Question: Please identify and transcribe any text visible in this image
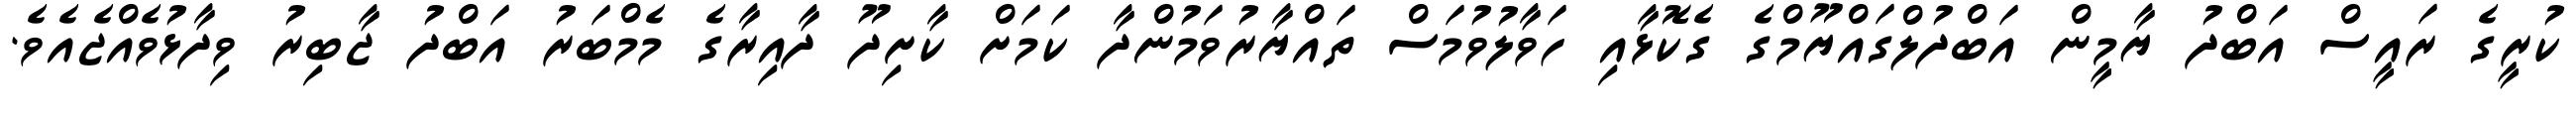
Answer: ކުރީގެ ރައީސް އަބްދު ޔާމީން އަބްދުލްގައްޔޫމްގެ ގެކޮޅާއި ހަވާލުވުމަސް ތައްޔާރުވަމުންދާ ކަމަށް ކާށިދޫ ދާއިރާގެ މެމްބަރު އަބްދު ޖާބިރު ވިދާޅުވެއްޖެއެވެ.